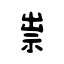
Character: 祟